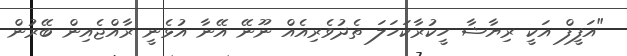
"އަފީފް އަކީ ރިޔާޝާ ހީކުރާކަހަލަ ތެދުވެރިއެއް ނޫނޭ އޭނާ އުޅެނީ ރާއްޖެއިން ބޭރުން